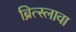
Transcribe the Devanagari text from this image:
ब्रित्स्लावा